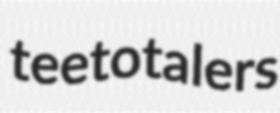
teetotalers